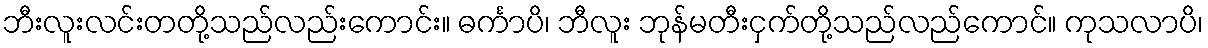
ဘီးလူးလင်းတတို့သည်လည်းကောင်း။ ဓင်္ကာပိ၊ ဘီလူး ဘုန်မတီးငှက်တို့သည်လည်ကောင်။ ကုသလာပိ၊